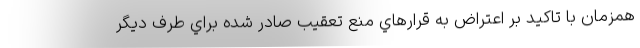
همزمان با تاكيد بر اعتراض به قرارهاي منع تعقيب صادر شده براي طرف ديگر